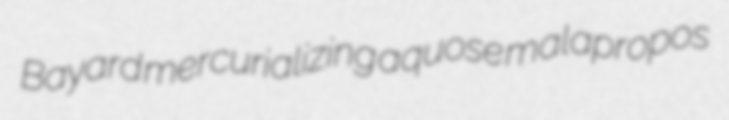
Bayard mercurializing aquose malapropos